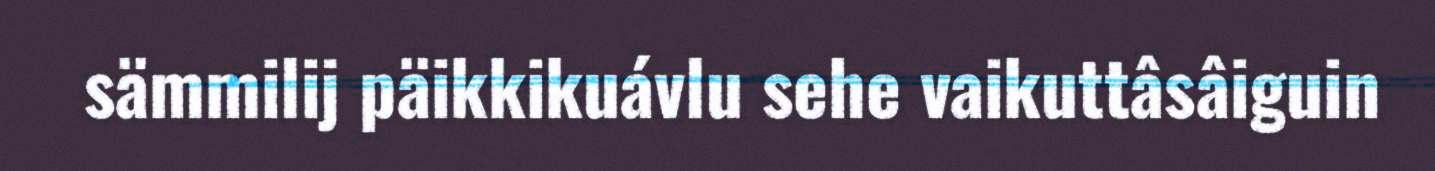
sämmilij päikkikuávlu sehe vaikuttâsâiguin